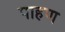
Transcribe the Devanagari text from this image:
पाहण